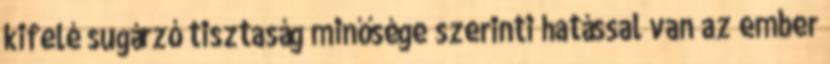
kifelé sugárzó tisztaság minősége szerinti hatással van az ember